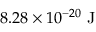
8 . 2 8 \times 1 0 ^ { - 2 0 } \mathrm { ~ J }